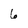
Character: 6